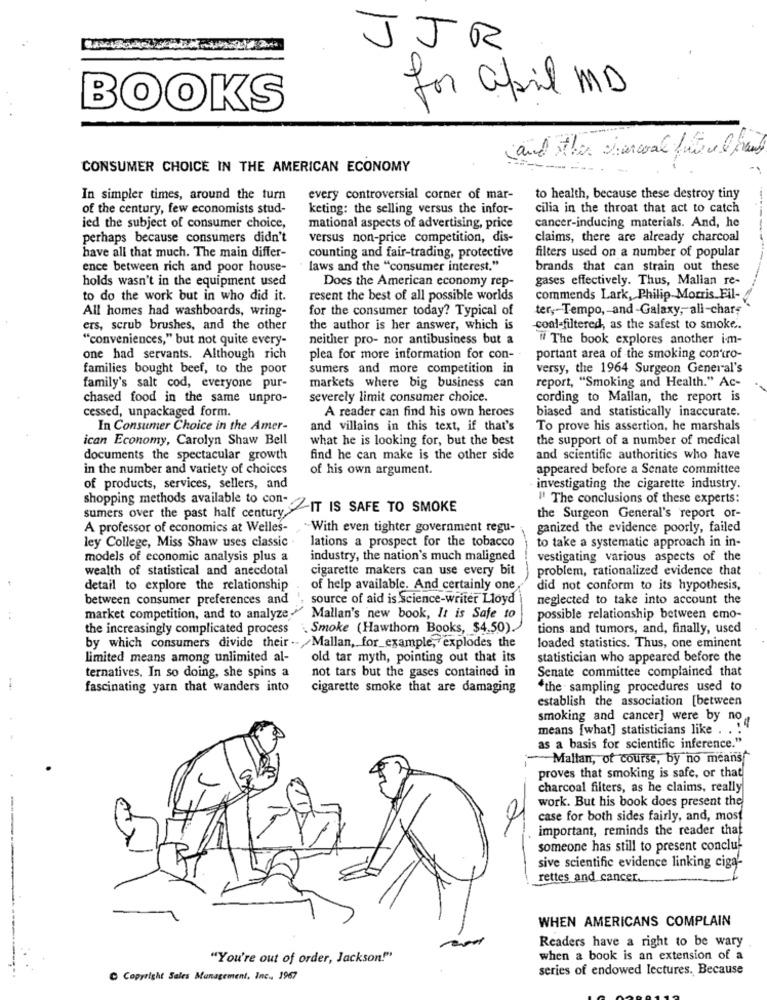
JJR
for april MD
BOOKS
and then charcoal future afraid
CONSUMER CHOICE IN THE AMERICAN ECONOMY
In simpler times, around the turn
every controversial corner of mar-
to health, because these destroy tiny
of the century, few economists stud-
keting: the selling versus the infor-
cilia in the throat that act to catch
ied the subject of consumer choice,
mational aspects of advertising, price
cancer-inducing materials. And, he
perhaps because consumers didn't
versus non-price competition, dis-
claims, there are already charcoal
have all that much. The main differ-
filters used on a number of popular
counting and fair-trading, protective
ence between rich and poor house-
laws and the "consumer interest."
brands that can strain out these
holds wasn't in the equipment used
Does the American economy rep-
gases effectively. Thus, Malian re-
to do the work but in who did it.
resent the best of all possible worlds
commends Lark, Philip Morris Fil-
All homes had washboards, wring-
for the consumer today? Typical of
ter, Tempo, - and -Galaxy, all-char;
ers, scrub brushes, and the other
the author is her answer, which is
coal-filtered, as the safest to smoke.
"conveniences," but not quite every-
neither pro- nor antibusiness but a
# The book explores another im-
one had servants. Although rich
plea for more information for con-
portant area of the smoking con'tro-
families bought beef, to the poor
sumers and more competition in
versy, the 1964 Surgeon General's
report, "Smoking and Health." Ac-
family's salt cod, everyone pur-
markets where big business can
chased food in the same unpro-
severely limit consumer choice.
cording to Mallan, the report is
cessed, unpackaged form.
A reader can find his own heroes
biased and statistically inaccurate.
In Consumer Choice in the Amer-
and villains in this text, if that's
To prove his assertion, he marshals
ican Economy, Carolyn Shaw Bell
what he is looking for, but the best
the support of a number of medical
documents the spectacular growth
find he can make is the other side
and scientific authorities who have
in the number and variety of choices
of his own argument.
appeared before a Senate committee
of products, services, sellers, and
investigating the cigarette industry.
" The conclusions of these experts:
sumers over the past half century
shopping methods available to con- IT IS SAFE TO SMOKE
the Surgeon General's report or-
A professor of economics at Welles-
-With even tighter government regu-
ganized the evidence poorly, failed
ley College, Miss Shaw uses classic
lations a prospect for the tobacco
to take a systematic approach in in-
models of economic analysis plus a
industry, the nation's much maligned
vestigating various aspects of the
wealth of statistical and anecdotal
cigarette makers can use every bit
problem, rationalized evidence that
detail to explore the relationship
of help available. And certainly one
did not conform to its hypothesis,
between consumer preferences and
source of aid is science-writer Lloyd
neglected to take into account the
market competition, and to analyze
Mallan's new book, It is Safe to
possible relationship between emo-
the increasingly complicated process
Smoke (Hawthorn Books, $4.50)
tions and tumors, and, finally, used
by which consumers divide their .- Mallan, for example, explodes the
loaded statistics. Thus, one eminent
limited means among unlimited al-
old tar myth, pointing out that its
statistician who appeared before the
not tars but the gases contained in
Senate committee complained that
ternatives. In so doing, she spins a
fascinating yarn that wanders into
cigarette smoke that are damaging
*the sampling procedures used to
establish the association [between
smoking and cancer] were by no
means [what] statisticians like . . .
as a basis for scientific inference."
-Maltan, of course, by no means
proves that smoking is safe, or that
charcoal filters, as he claims, really
work. But his book does present the
case for both sides fairly, and, most
important, reminds the reader that
someone has still to present conclu-
sive scientific evidence linking ciga-
rettes and cancer ..
WHEN AMERICANS COMPLAIN
Readers have a right to be wary
"You're out of order, Jackson!"
when a book is an extension of a
series of endowed lectures. Because
C Copyright Sales Management, Inc ., 1967